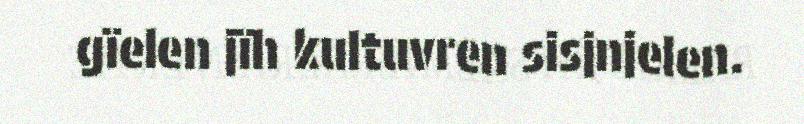
gïelen jïh kultuvren sisjnjelen.